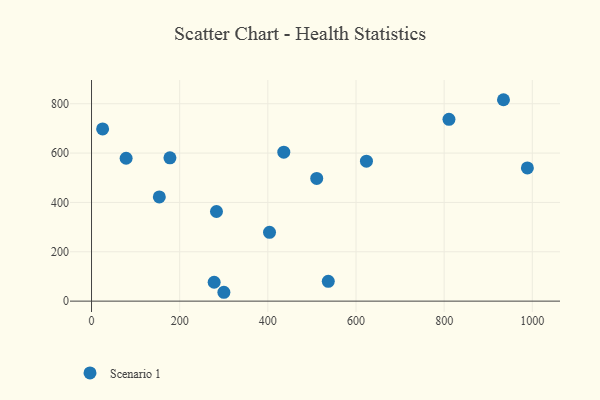
{"axis": {"x": "Price", "y": "Yield"}, "legend": ["Scenario 1"], "data": [{"x": "25.2", "y": 697.9, "type": "Scenario 1"}, {"x": "300.3", "y": 35.9, "type": "Scenario 1"}, {"x": "78.5", "y": 579.1, "type": "Scenario 1"}, {"x": "177.9", "y": 580.6, "type": "Scenario 1"}, {"x": "436.2", "y": 603.7, "type": "Scenario 1"}, {"x": "278.2", "y": 76.5, "type": "Scenario 1"}, {"x": "153.8", "y": 422.5, "type": "Scenario 1"}, {"x": "403.8", "y": 278.8, "type": "Scenario 1"}, {"x": "623.7", "y": 567.2, "type": "Scenario 1"}, {"x": "810.9", "y": 736.9, "type": "Scenario 1"}, {"x": "283.5", "y": 363.3, "type": "Scenario 1"}, {"x": "537.1", "y": 80.4, "type": "Scenario 1"}, {"x": "934.6", "y": 816.2, "type": "Scenario 1"}, {"x": "988.8", "y": 540.0, "type": "Scenario 1"}, {"x": "510.9", "y": 497.3, "type": "Scenario 1"}]}